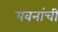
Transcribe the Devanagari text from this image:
यवनांची